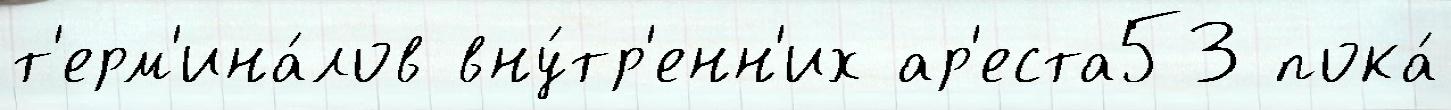
т'ерм'ина́лов вну́тр'енн'их ар'еста53 пока́